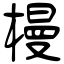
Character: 槾